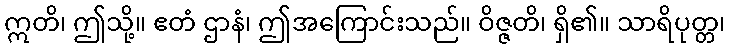
ဣတိ၊ ဤသို့။ ဧတံ ဌာနံ၊ ဤအကြောင်းသည်။ ဝိဇ္ဇတိ၊ ရှိ၏။ သာရိပုတ္တ၊